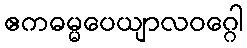
ဧကဓမ္မပေယျာလဝဂ္ဂေါ